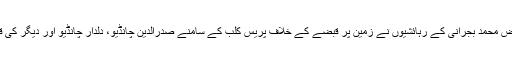
2016ء) قمبر کے قریب گاؤں فیض محمد بجرانی کے رہائشیوں نے زمین پر قبضے کے خلاف پریس کلب کے سامنے صدرالدین چانڈیو، دلدار چانڈیو اور دیگر کی قیادت میں احتجاجی مظاہرہ کیا گیا۔